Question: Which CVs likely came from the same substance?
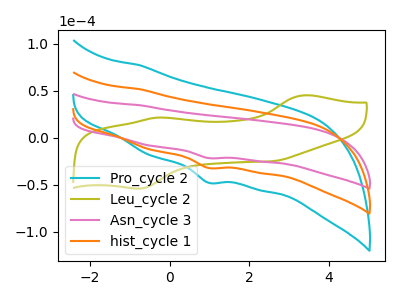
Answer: <think>The cyan curve "Pro_cycle 2" has a cathodic peak at: (0.95V, -63.95uA). The olive curve "Leu_cycle 2" has anodic peaks at (3.40V, 45.40uA) (-0.25V, 21.65uA) and cathodic peaks at (-0.75V, -53.85uA) (2.60V, -24.70uA). The pink curve "Asn_cycle 3" has a cathodic peak at: (0.95V, -21.45uA). The orange curve "hist_cycle 1" has a cathodic peak at: (0.95V, -31.95uA).
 "Pro_cycle 2" and "Leu_cycle 2" have a different number of peaks. All the peaks in "Pro_cycle 2" have a peak in "Asn_cycle 3" at the same potential. Every peak in "Pro_cycle 2" is higher than every peak in "Asn_cycle 3". All the peaks in "Pro_cycle 2" have a peak in "hist_cycle 1" at the same potential. Every peak in "Pro_cycle 2" is higher than every peak in "hist_cycle 1". "Leu_cycle 2" and "Asn_cycle 3" have a different number of peaks. "Leu_cycle 2" and "hist_cycle 1" have a different number of peaks. All the peaks in "Asn_cycle 3" have a peak in "hist_cycle 1" at the same potential. Every peak in "Asn_cycle 3" is lower than every peak in "hist_cycle 1".</think>
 <answer>"Asn_cycle 3", "Pro_cycle 2" and "hist_cycle 1" have the same shape and are likely CV's of the same chemical.</answer>
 <eval>"Asn_cycle 3" "Pro_cycle 2" "hist_cycle 1"</eval>